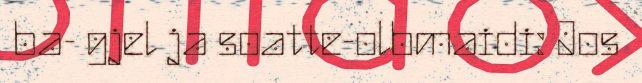
ba- gjel ja soatte-olbmaidi: Jos